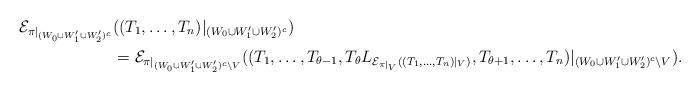
LaTeX: \begin{align*}\mathcal{E}_{\pi|_{(W_0 \cup W'_1 \cup W'_2)^c}}&((T_1, \ldots, T_n)|_ {(W_0 \cup W'_1 \cup W'_2)^c}) \\& = \mathcal{E}_{\pi|_{(W_0 \cup W'_1 \cup W'_2)^c \setminus V}}((T_1, \ldots, T_{\theta - 1}, T_\theta L_{\mathcal{E}_{\pi|_V}((T_1,\ldots, T_n)|_{V})}, T_{\theta + 1}, \ldots, T_n)|_ {(W_0 \cup W'_1 \cup W'_2)^c\setminus V}).\end{align*}